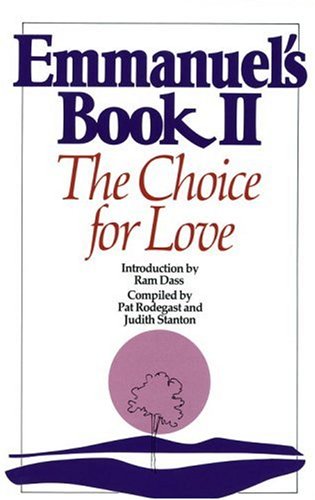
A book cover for Emmanuel's Book II: The Choice for Love (New Age); Romance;